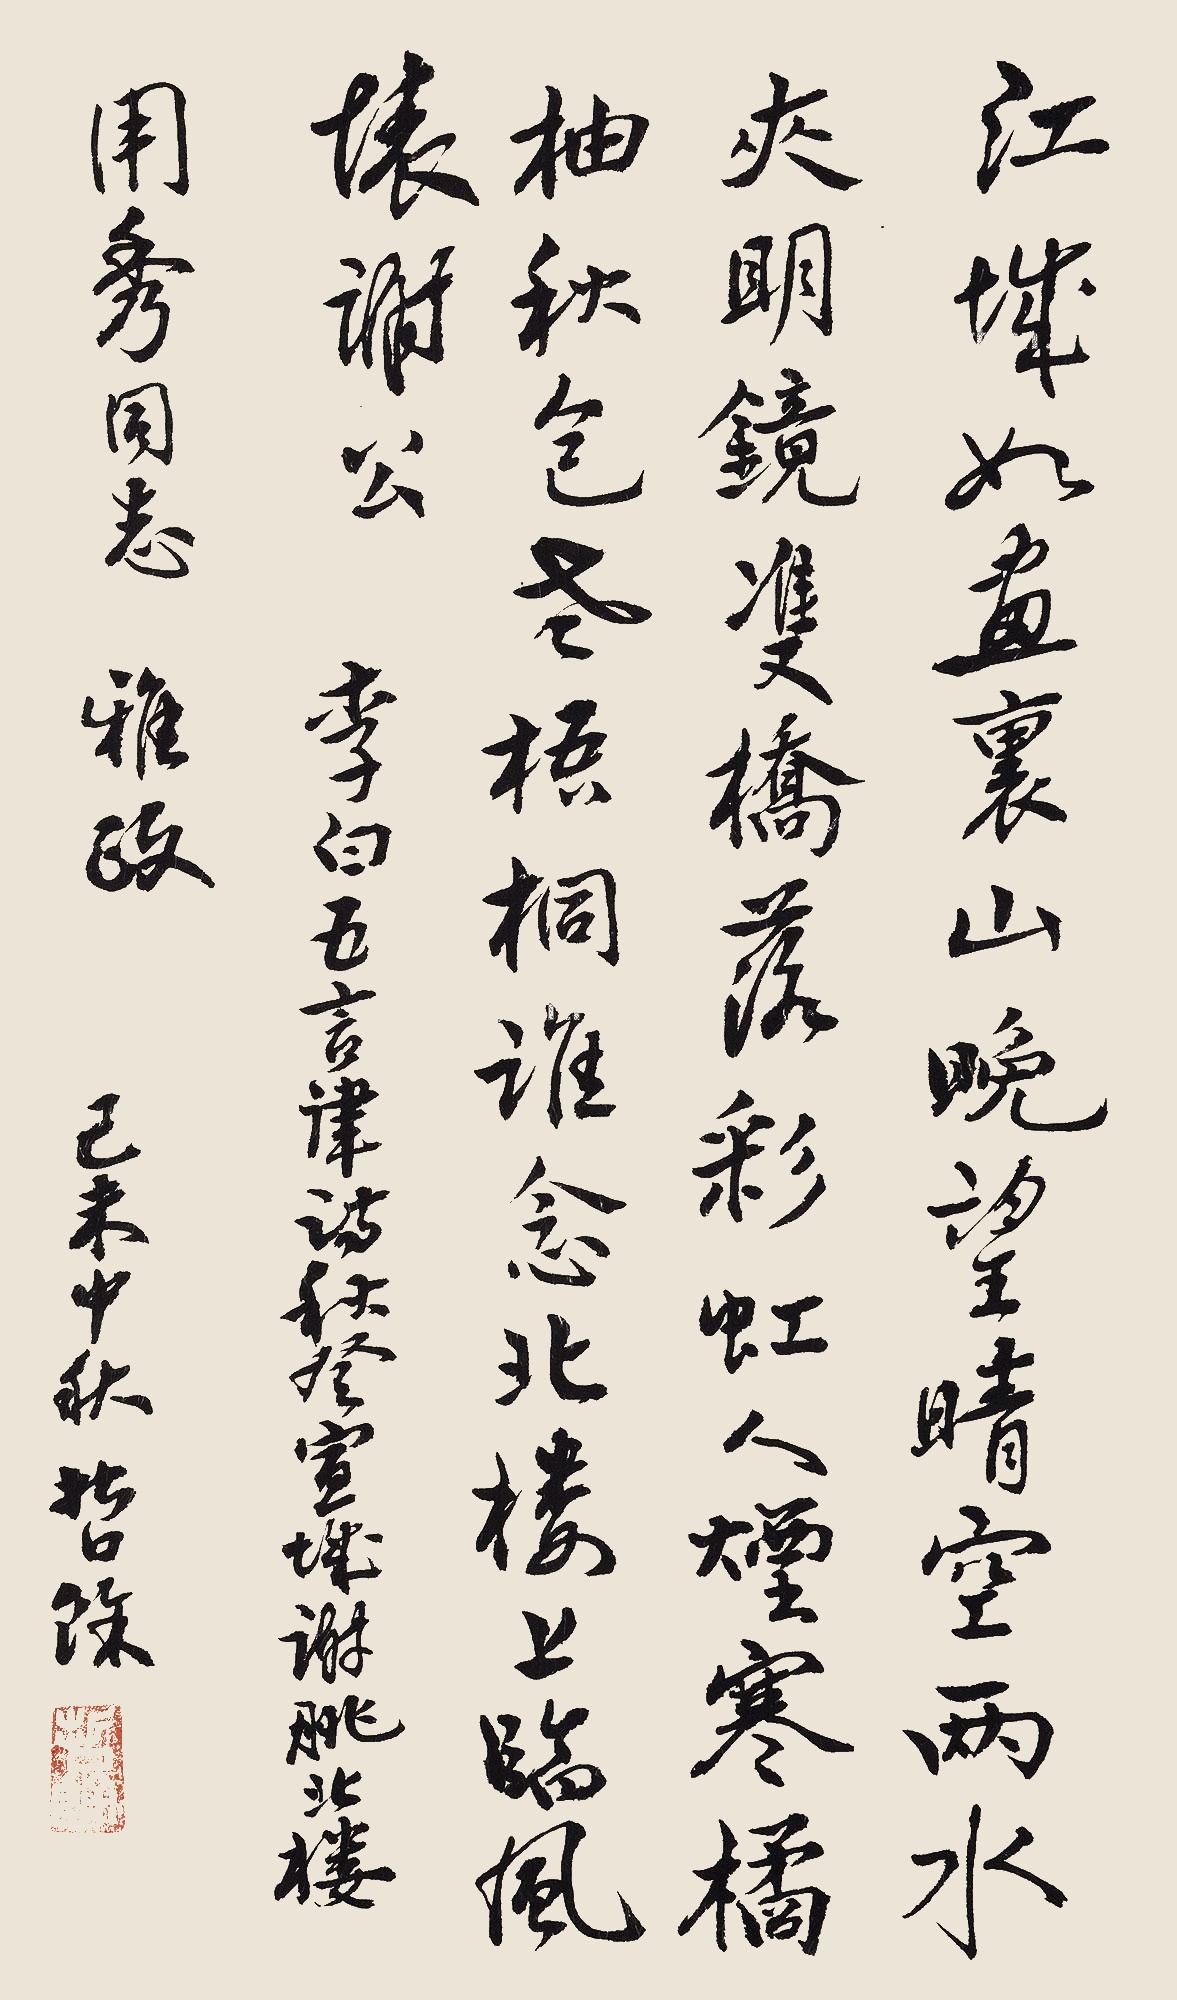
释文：1.录文：江城如画里，山晚望晴空。两水夹明镜，双桥落彩虹。人烟寒橘柚，秋色老梧桐。谁念北楼上，临风怀谢公。用秀同志雅政，己未中秋哲余。